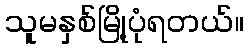
သူမနှစ်မြို့ပုံရတယ်။